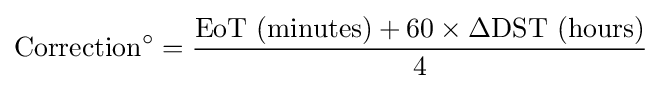
{\text{Correction}}^{\circ }={\frac {{\text{EoT (minutes)}}+60\times \Delta {\text{DST (hours)}}}{4}}~